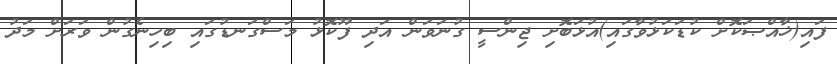
ފައި(ޚާއްޞަކޮށް ކުޑަކަޅުވާގައި)އުޅަބޮށި ޖިންސީ ގުނަވަން އަދި ފޫކޮޅު މަސްގަނޑުގައި ބިހިނެގުން ވަރަށް މަދު